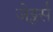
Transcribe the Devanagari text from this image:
जेड्लर्स